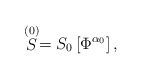
\begin{align*}\stackrel{(0)}{S}=S_0\left[ \Phi ^{\alpha _0}\right] ,\end{align*}